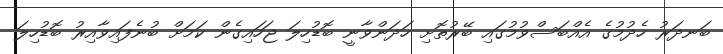
ބަނދަރު ހެދުމުގެ އެއްބަސްވުމުގައި ބޭރުތޮށި ހަދަންވާނީ ބޮޑުހިލަ ޖަހައިގެން ކަމަށް ބުނެފައިވާއިރު ބޮޑުހިލަ